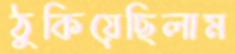
ঠুকিয়েছিলাম